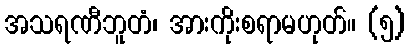
အသရဏီဘူတံ၊ အားကိုးစရာမဟုတ်။ (၅)